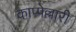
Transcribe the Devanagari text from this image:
काप्पेल्लारी